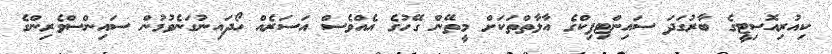
ކިއުރިއޮސިޓީގެ ބާރުގަދަ ސައިންޓިފިކްގެ އާލާތްތަކަށް މީތޭން ގޭހުގެ އެއްވެސް އަސަރެއް ހޯދައިނުގަނެވުމުން ސައިންސްވެރިންގެ